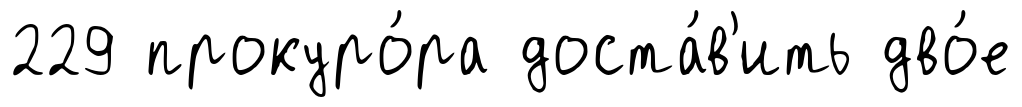
229 прокуро́ра доста́в'ить дво́е